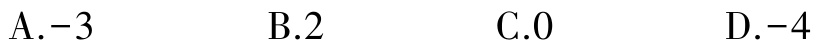
A.$-3$  B.$2$  C.$0$  D.$-4$